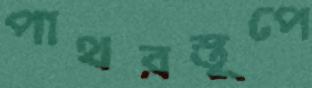
পাথরস্তূপে